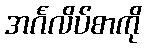
အင်္ဂလိပ်စာကို